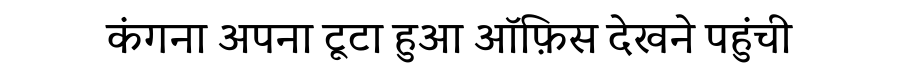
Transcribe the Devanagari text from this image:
कंगना अपना टूटा हुआ ऑफ़िस देखने पहुंची